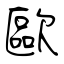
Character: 歐